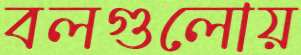
বলগুলোয়